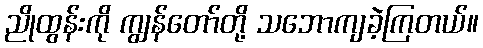
ညိုထွန်းကို ကျွန်တော်တို့ သဘောကျခဲ့ကြတယ်။